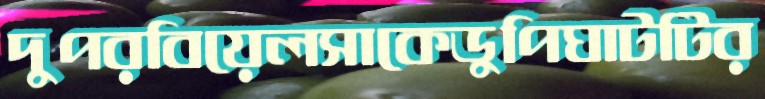
দুপরবিয়েলসাকেডুপিঘাটটির